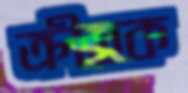
ক্রীতক